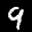
Label: 9